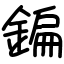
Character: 鍽